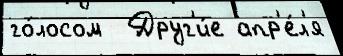
го́лосом  Друг'и́е апр'е́л'я